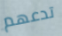
تدعهم